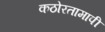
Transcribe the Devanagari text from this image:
कठोरतामापी